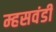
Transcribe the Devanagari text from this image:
म्हसवंडी